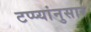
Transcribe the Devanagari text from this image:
टप्प्यांनुसार